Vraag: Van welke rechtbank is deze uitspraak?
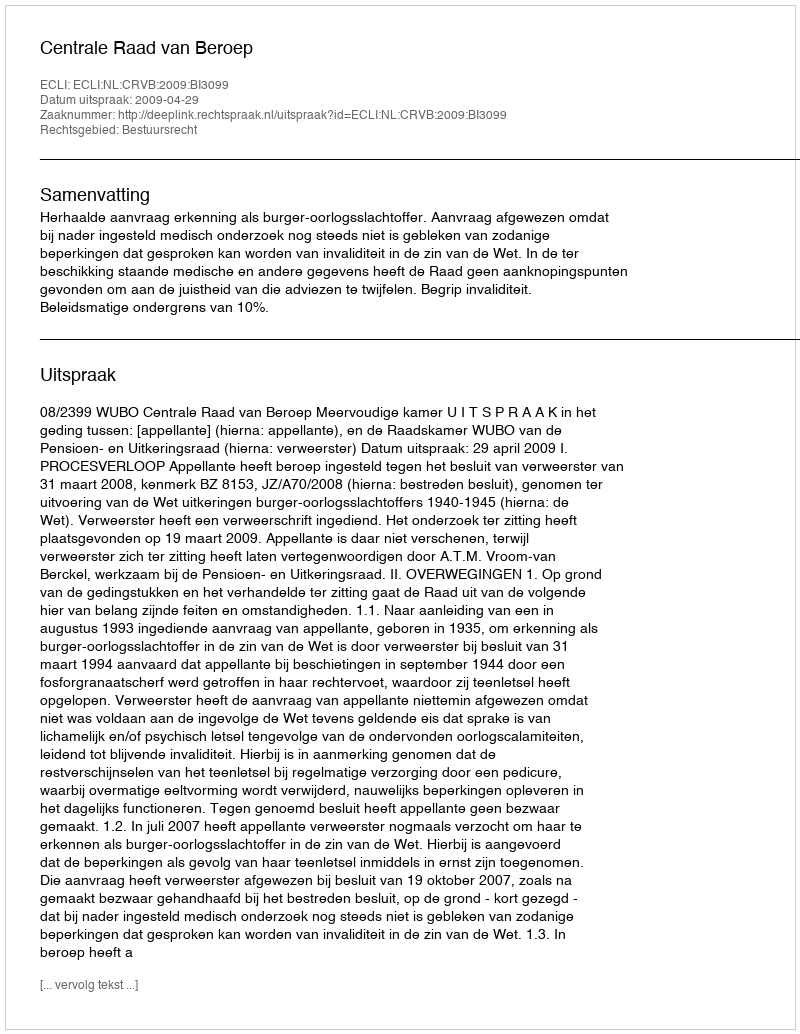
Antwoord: Centrale Raad van Beroep